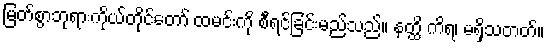
မြတ်စွာဘုရားကိုယ်တိုင်တော် ထမင်းကို စီရင်ခြင်းမည်သည်။ နတ္ထိ ကိရ၊ မရှိသတတ်။